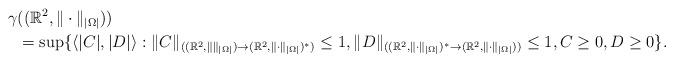
LaTeX: \begin{align*}\gamma & ((\mathbb{R}^2, \|\cdot\|_{|\Omega|})) \\ & = \sup\{\langle |C|,|D|\rangle :\|C\|_{((\mathbb{R}^2,\|\|_{|\Omega|})\rightarrow(\mathbb{R}^2,\|\cdot\|_{|\Omega|})^*)}\leq 1,\|D\|_{((\mathbb{R}^2,\|\cdot\|_{|\Omega|})^*\rightarrow(\mathbb{R}^2,\|\cdot\|_{|\Omega|}))}\leq 1,C\geq 0,D\geq 0\}.\end{align*}